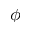
\phi